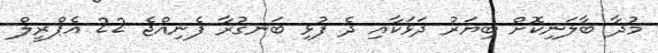
މުދާ ބާލަނިކޮށް ބިޔަރު ދަޅަކާއި ދެ ފުޅި ބަނގުރާ ފެނިއްޖެ 22 އެޕްރީލް